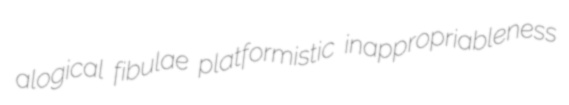
alogical fibulae platformistic inappropriableness